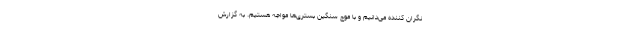
نگران کننده می‌دانیم و با موج سنگین بستری‌ها مواجه هستیم. به گزارش